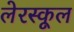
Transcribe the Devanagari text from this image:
लेरस्कूल